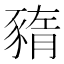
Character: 𧱫